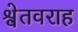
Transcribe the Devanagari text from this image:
श्वेतवराह